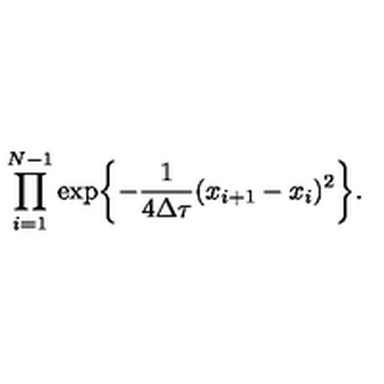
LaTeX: \prod _ { i = 1 } ^ { N - 1 } \exp \biggl \{ - \frac { 1 } { 4 \Delta \tau } ( x _ { i + 1 } - x _ { i } ) ^ { 2 } \biggr \} .